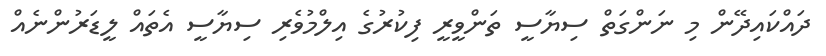
ދައްކައިދޭން މި ނަންގަތް ސިޔާސީ ތަންވީރީ ފިކުރުގެ އިލްމުވެރި ސިޔާސީ އެތައް ލީޑަރުންނެއް